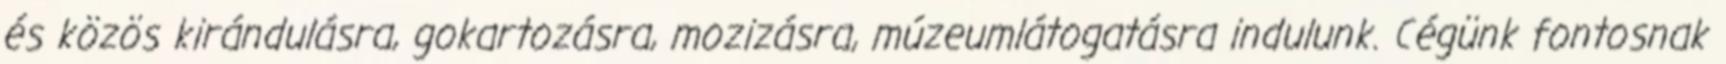
és közös kirándulásra, gokartozásra, mozizásra, múzeumlátogatásra indulunk. Cégünk fontosnak